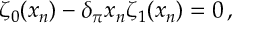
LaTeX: \zeta _ { 0 } ( x _ { n } ) - \delta _ { \pi } x _ { n } \zeta _ { 1 } ( x _ { n } ) = 0 \, ,